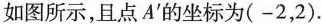
如图所示，且点A^{\prime}的坐标为(-2，2).